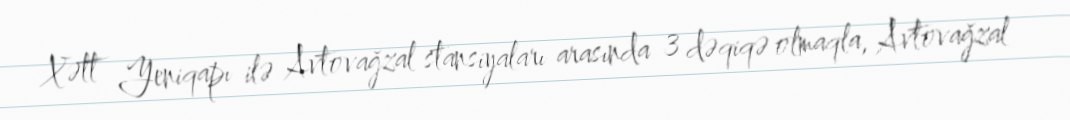
Xətt Yeniqapı ilə Avtovağzal stansiyaları arasında 3 dəqiqə olmaqla, Avtovağzal